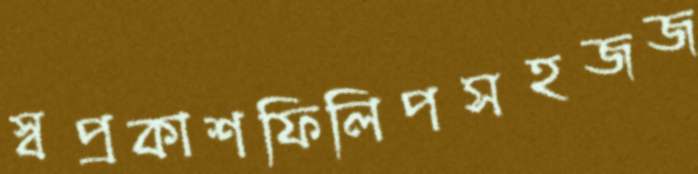
স্বপ্রকাশফিলিপসহজজ